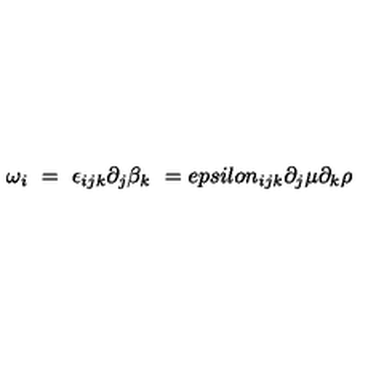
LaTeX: \omega _ { i } \ = \ \epsilon _ { i j k } \partial _ { j } \beta _ { k } \ = e p s i l o n _ { i j k } \partial _ { j } \mu \partial _ { k } \rho